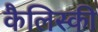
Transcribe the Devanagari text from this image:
कैलिस्की